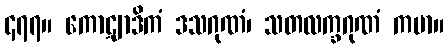
၄၇၇။ ကောဋျာဒိကံ ဒသဂုဏံ၊ သတလက္ခဂုဏံ ကမာ။